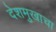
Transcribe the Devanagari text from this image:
देशमुखाचा